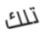
تلك